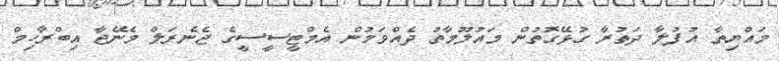
މައްޔިތާ އުފުލާ ދަތުރާ ގުޅޭގޮތުން މައުލޫމާތު ދެއްވަމުން އެމްޓީސީސީގެ ޖެނެރަލް މެނޭޖާ އިބްރާހިމް